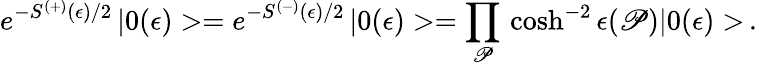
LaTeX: e^{-S^{(+)}(\epsilon)/2}\, |0(\epsilon)>=e^{-S^{(-)}(\epsilon)/2}\, |0(\epsilon)>=\prod_{\mathscr{P}}\, \cosh^{-2}\epsilon(\mathscr{P})|0(\epsilon)>\, .